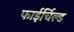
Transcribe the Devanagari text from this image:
फाईर्चिल्ड